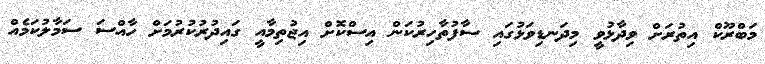
މަބްރޫކް އިތުރަށް ވިދާޅުވީ މިދަނޑިވަޅުގައި ސާފުތާހިރުކަން އިސްކޮށް އިޖުތިމާއީ ގައިދުރުކުރުމަށް ހާއްސަ ސަމާލުކަމެއް